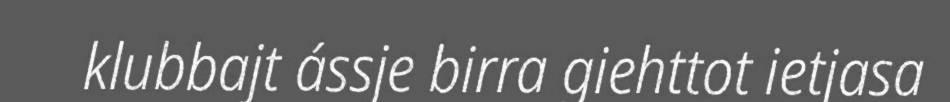
klubbajt ássje birra giehttot ietjasa